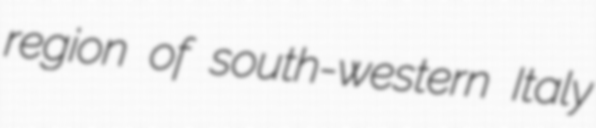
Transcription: region of south-western Italy